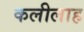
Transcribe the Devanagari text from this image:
कलीलाह